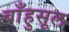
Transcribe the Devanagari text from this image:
बाँहुसूल